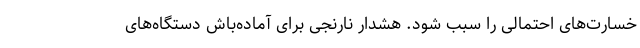
خسارت‌های احتمالی را سبب شود. هشدار نارنجی برای آماده‌باش دستگاه‌های